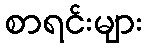
စာရင်းများ